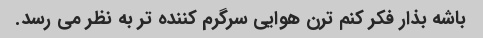
باشه بذار فکر کنم ترن هوایی سرگرم کننده تر به نظر می رسد.